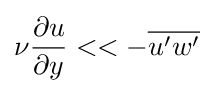
\nu {\frac {\partial u}{\partial y}}<<-{\overline {u'w'}}